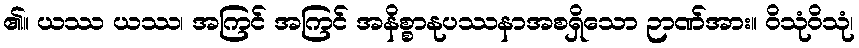
၏။ ယဿ ယဿ၊ အကြင် အကြင် အနိစ္စာနုပဿနာအစရှိသော ဉာဏ်အား။ ဝိသုံဝိသုံ၊